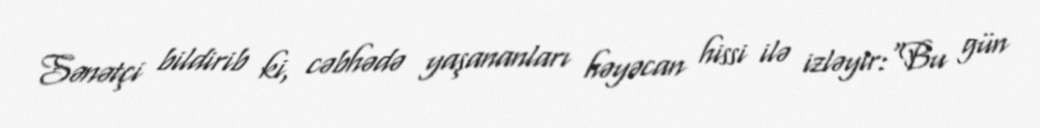
Sənətçi bildirib ki, cəbhədə yaşananları həyəcan hissi ilə izləyir:“Bu gün